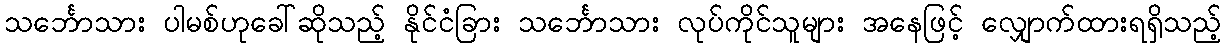
သင်္ဘောသား ပါမစ်ဟုခေါ်ဆိုသည့် နိုင်ငံခြား သင်္ဘောသား လုပ်ကိုင်သူများ အနေဖြင့် လျှောက်ထားရရှိသည့်